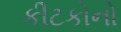
કીટકોનો